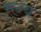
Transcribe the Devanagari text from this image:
मन्य